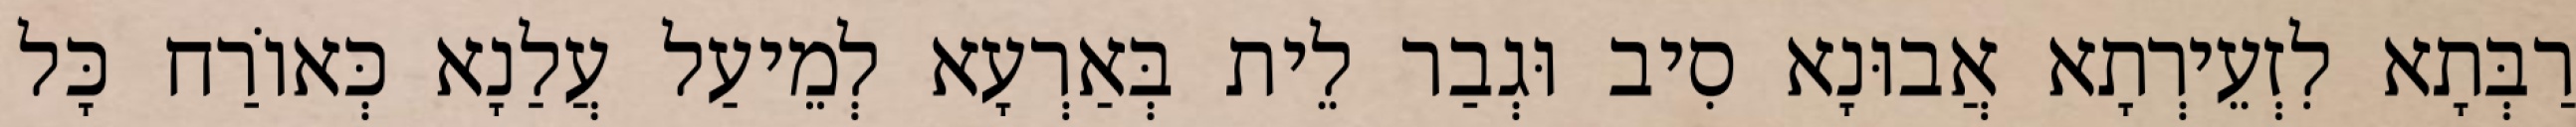
רַבְּתָא לִזְעֵירְתָא אֲבוּנָא סִיב וּגְבַר לֵית בְּאַרְעָא לְמֵיעַל עֲלַנָא כְּאוֹרַח כָּל